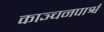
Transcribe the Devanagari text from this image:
काञ्चनपार्श्व